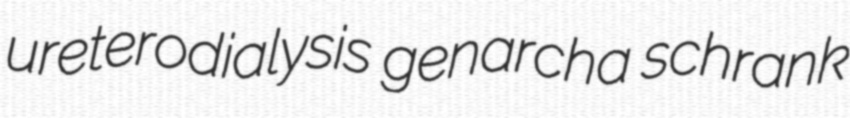
ureterodialysis genarcha schrank